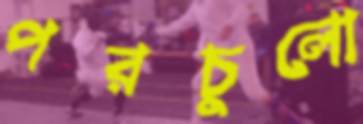
পরচুলো